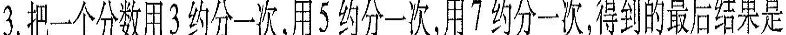
3.把一个分数用3约分一次，用5约分一次，用7约分一次，得到的最后结果是